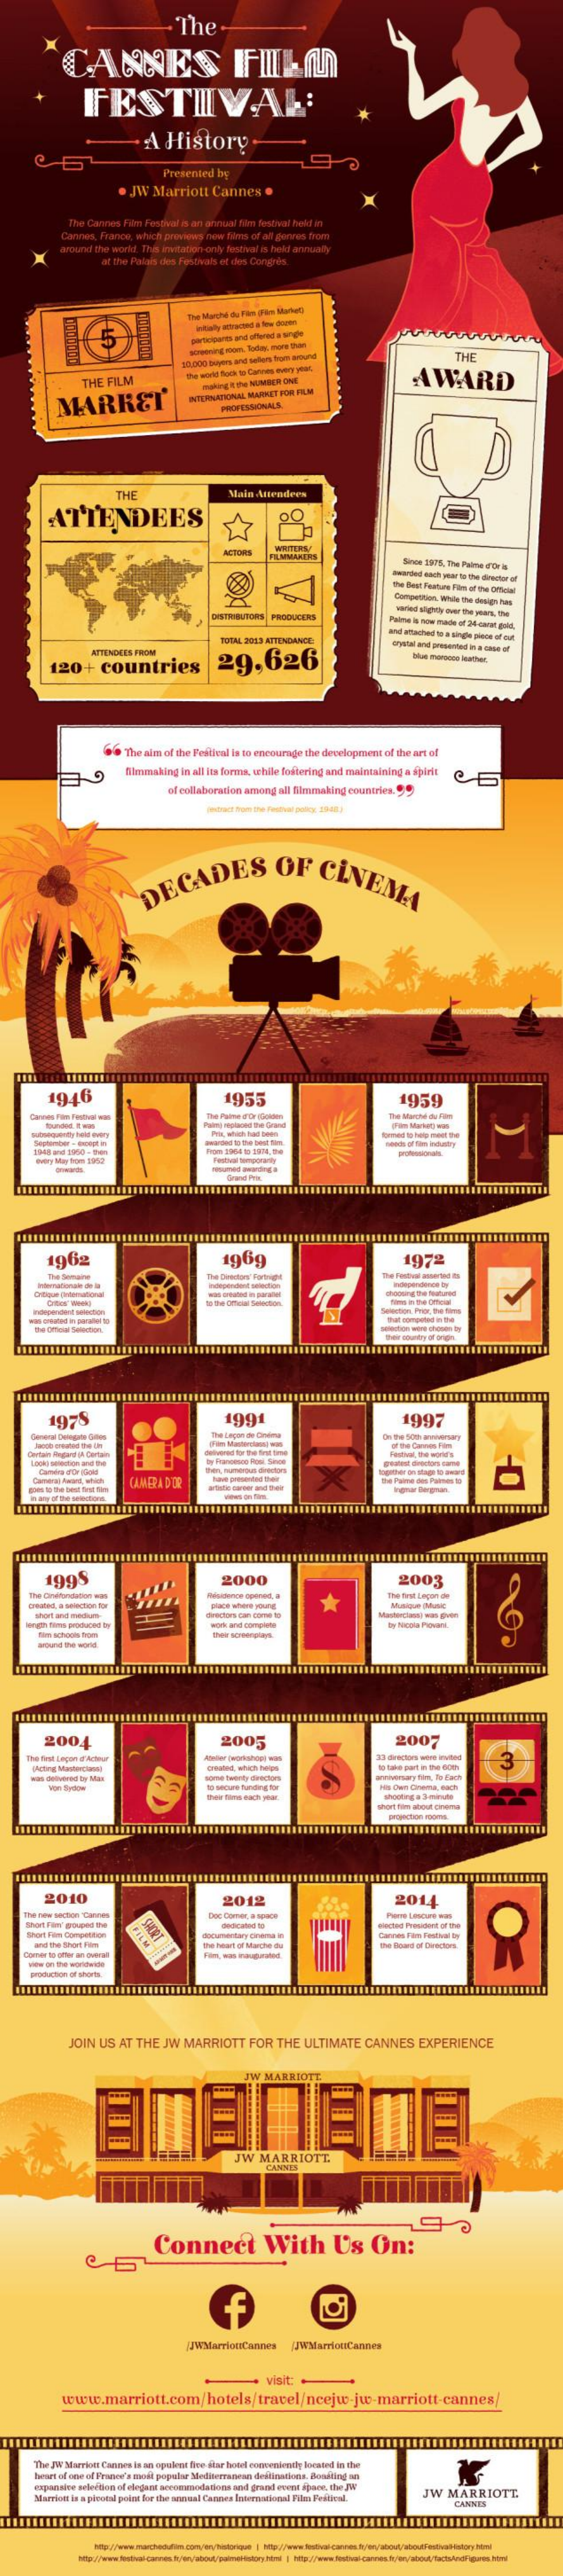
The
     CANNES    FILM
     FESTIVAL:
     A   History
     Presented  by
     JW   Marriott    Cannes    .
     The Cannes  Film Festival is an annual Alm festival hekt in
     Cannes, France, which previous new films of all' genres from
     around the world. Thes invitation only festival is hekt annualy
     af the Palais des Festivals of des Corythis.
     5
     acneering rien. Today, mois thon
     16,000 Buyers and sellers froif anund    THE
     THE FILM
     the work floik os Conses ory ytes
     AWARD
     making itw NUMBER DME
     MARRET
     INTEPEUNCIONAL MARHET FOR FRM
     PROFESSIONALS
     THE    Main Attendees
     ATTENDEES
     ACTIONS    WRITERS
     FILMMAKERS
     awarded diath ynal le the director or
     The Best Feature Film of the Official
     DISTRIBUTORS PRODUCERS
     TOCAL 2013 AFTENDANCE
     and attached to a single piece of auf
     ATTENDEES FROM
     120+    countries    29,626
     ."The aim of the Beatical is to encourage the development of the art of
     filmmaking  in all its forma, while fostering and maintaining a spirit
     of collaboracon among  all fimmaking countries.
     DECADES    OF    CINEMA
     1946    1955    1959
     pan Manit) mas
     camed to hang meet the
     1962    1969    1972
     ----
     That competent in the
     The UFOTHE Section
     1978    1991    1997
     CAMERA D'DIR    the Fame nes Parmen to
     1995    2000    2003
     The Chdans
     angen finns produced by    work and comptene
     wound the world.
     2004    2005    2007
     The first Lepon df Actes    33-directors anse invited 3
     teve part in the 60m
     Their Fans tach yher
     Ho Can Orema, wach
     short time about prensa
     2010    2012    2014
     Short Film' grouped the
     Short Film Competition
     wacand Peedhost of the
     antithe Shot Fin    the heart of Marche os
     Carnes Fon Festival by
     the Goant of Directors
     JOIN  US  AT  THE   JW  MARRIOTT    FOR   THE   ULTIMATE    CANNES    EXPERIENCE
     JW  MARRIOTT
     MARRIOTT
     Connect    With    Us    On:
     /JWMarriottCannes
     visit:
     www.marriott.com/hotels/travel/ncejw-jw-marriott-cannes
     The JW Marriott Cannes is an opulent five- star hotel conveniently located in the
     heart of one of France's mail popsbe Sinditerranean defications. Boasting an
     expansice seleition of elegant accommodation and grant event ipane, the Jw
     Marriott in a pivotal point for the semeal Cannes International Film Festival.
     JW   MARRIOTT.
     CANNES